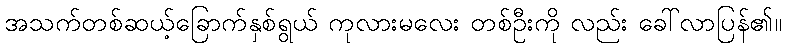
အသက်တစ်ဆယ့်ခြောက်နှစ်ရွယ် ကုလားမလေး တစ်ဦးကို လည်း ခေါ်လာပြန်၏။